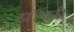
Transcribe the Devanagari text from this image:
प्रॉयरी